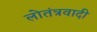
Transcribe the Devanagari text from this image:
लोतंत्रवादी